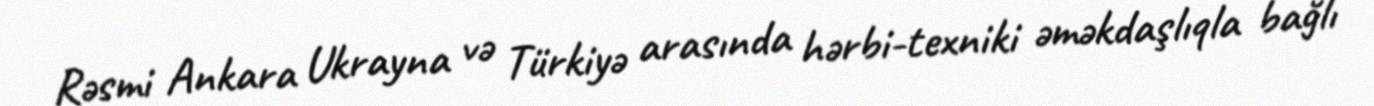
Rəsmi Ankara Ukrayna və Türkiyə arasında hərbi-texniki əməkdaşlıqla bağlı